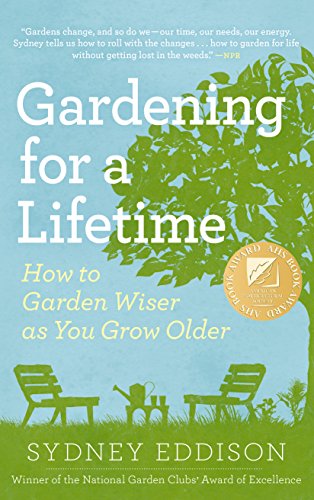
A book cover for Gardening for a Lifetime: How to Garden Wiser as You Grow Older; Sydney Eddison; Crafts, Hobbies & Home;